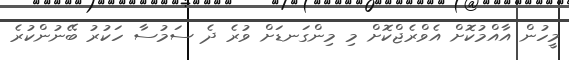
މީހުން އާއްމުކޮށް އެވްރެޖްކޮށް މި މިންގަނޑަށް ވުރެ ދެ ސަމުސާ ހަކުރު ބޭނުންކުރެ